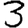
Digit: 3